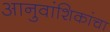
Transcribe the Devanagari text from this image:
आनुवांशिकांचा